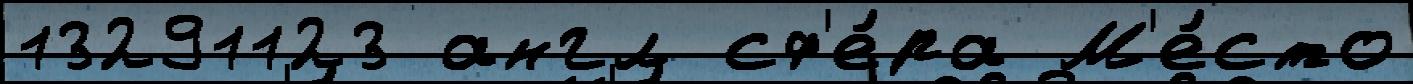
13291123 англ сф'е́ра М'е́сто